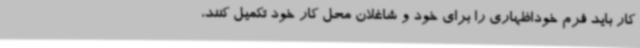
کار باید فرم خوداظهاری را برای خود و شاغلان محل کار خود تکمیل کنند،